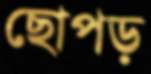
ছোপড়